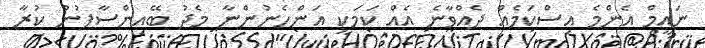
ނައީމް އެންމެ އިސްކަމެއް ދެއްވާނެ އެއް ކަމަކީ އަންހެނުންނާ މެދު ބޭއިންސާފުން ކުރާ